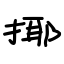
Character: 揶